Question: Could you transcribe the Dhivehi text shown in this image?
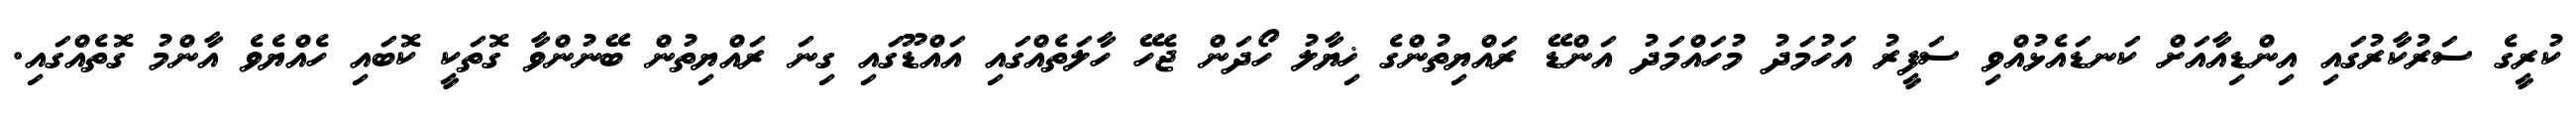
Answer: ކުރީގެ ސަރުކާރުގައި އިންޑިއާއަށް ކަނޑައެޅުއްވި ސަފީރު އަހުމަދު މުހައްމަދު އަންޑޭ ރައްޔިތުންގެ ޚިޔާލު ހޯދަން ޖެހޭ ހާލަތެއްގައި އައްޑޫގައި ގިނަ ރައްޔިތުން ބޭނުންވާ ގޮތަކީ ކޮބައި ހެއްޔެވެ އާންމު ގޮތެއްގައި.